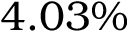
4 . 0 3 \%